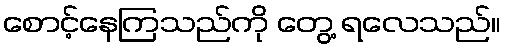
စောင့်နေကြသည်ကို တွေ့ ရလေသည်။